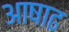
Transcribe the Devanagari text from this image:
अाषाढ